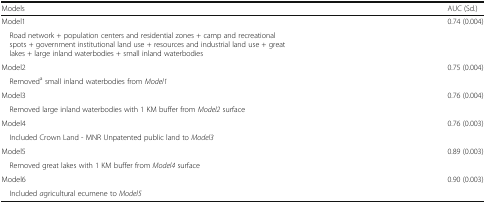
| Models | AUC (Sd.) |
 | --- | --- |
 | Model1 | <ROWSPAN=2> 0.74 (0.004) |
 | Road network + population centers and residential zones + camp and recreational spots + government institutional land use + resources and industrial land use + great lakes + large inland waterbodies + small inland waterbodies |
 | Model2 | <ROWSPAN=2> 0.75 (0.004) |
 | Removeda small inland waterbodies from Model1 |
 | Model3 | <ROWSPAN=2> 0.76 (0.004) |
 | Removed large inland waterbodies with 1 KM buffer from Model2 surface |
 | Model4 | <ROWSPAN=2> 0.76 (0.003) |
 | Included Crown Land - MNR Unpatented public land to Model3 |
 | Model5 | <ROWSPAN=2> 0.89 (0.003) |
 | Removed great lakes with 1 KM buffer from Model4 surface |
 | Model6 | <ROWSPAN=2> 0.90 (0.003) |
 | Included agricultural ecumene to Model5 |